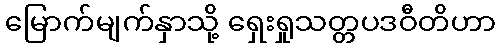
မြောက်မျက်နှာသို့ ရှေးရှုသတ္တပဒဝီတိဟာ